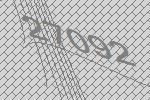
27092